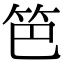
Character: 笆